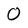
Character: 0